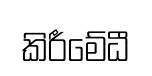
කිරීමේධී